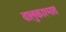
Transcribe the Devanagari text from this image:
वालुकाश्मात